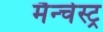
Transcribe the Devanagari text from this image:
मैन्चेस्ट्र